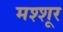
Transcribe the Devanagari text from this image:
मश्शूर